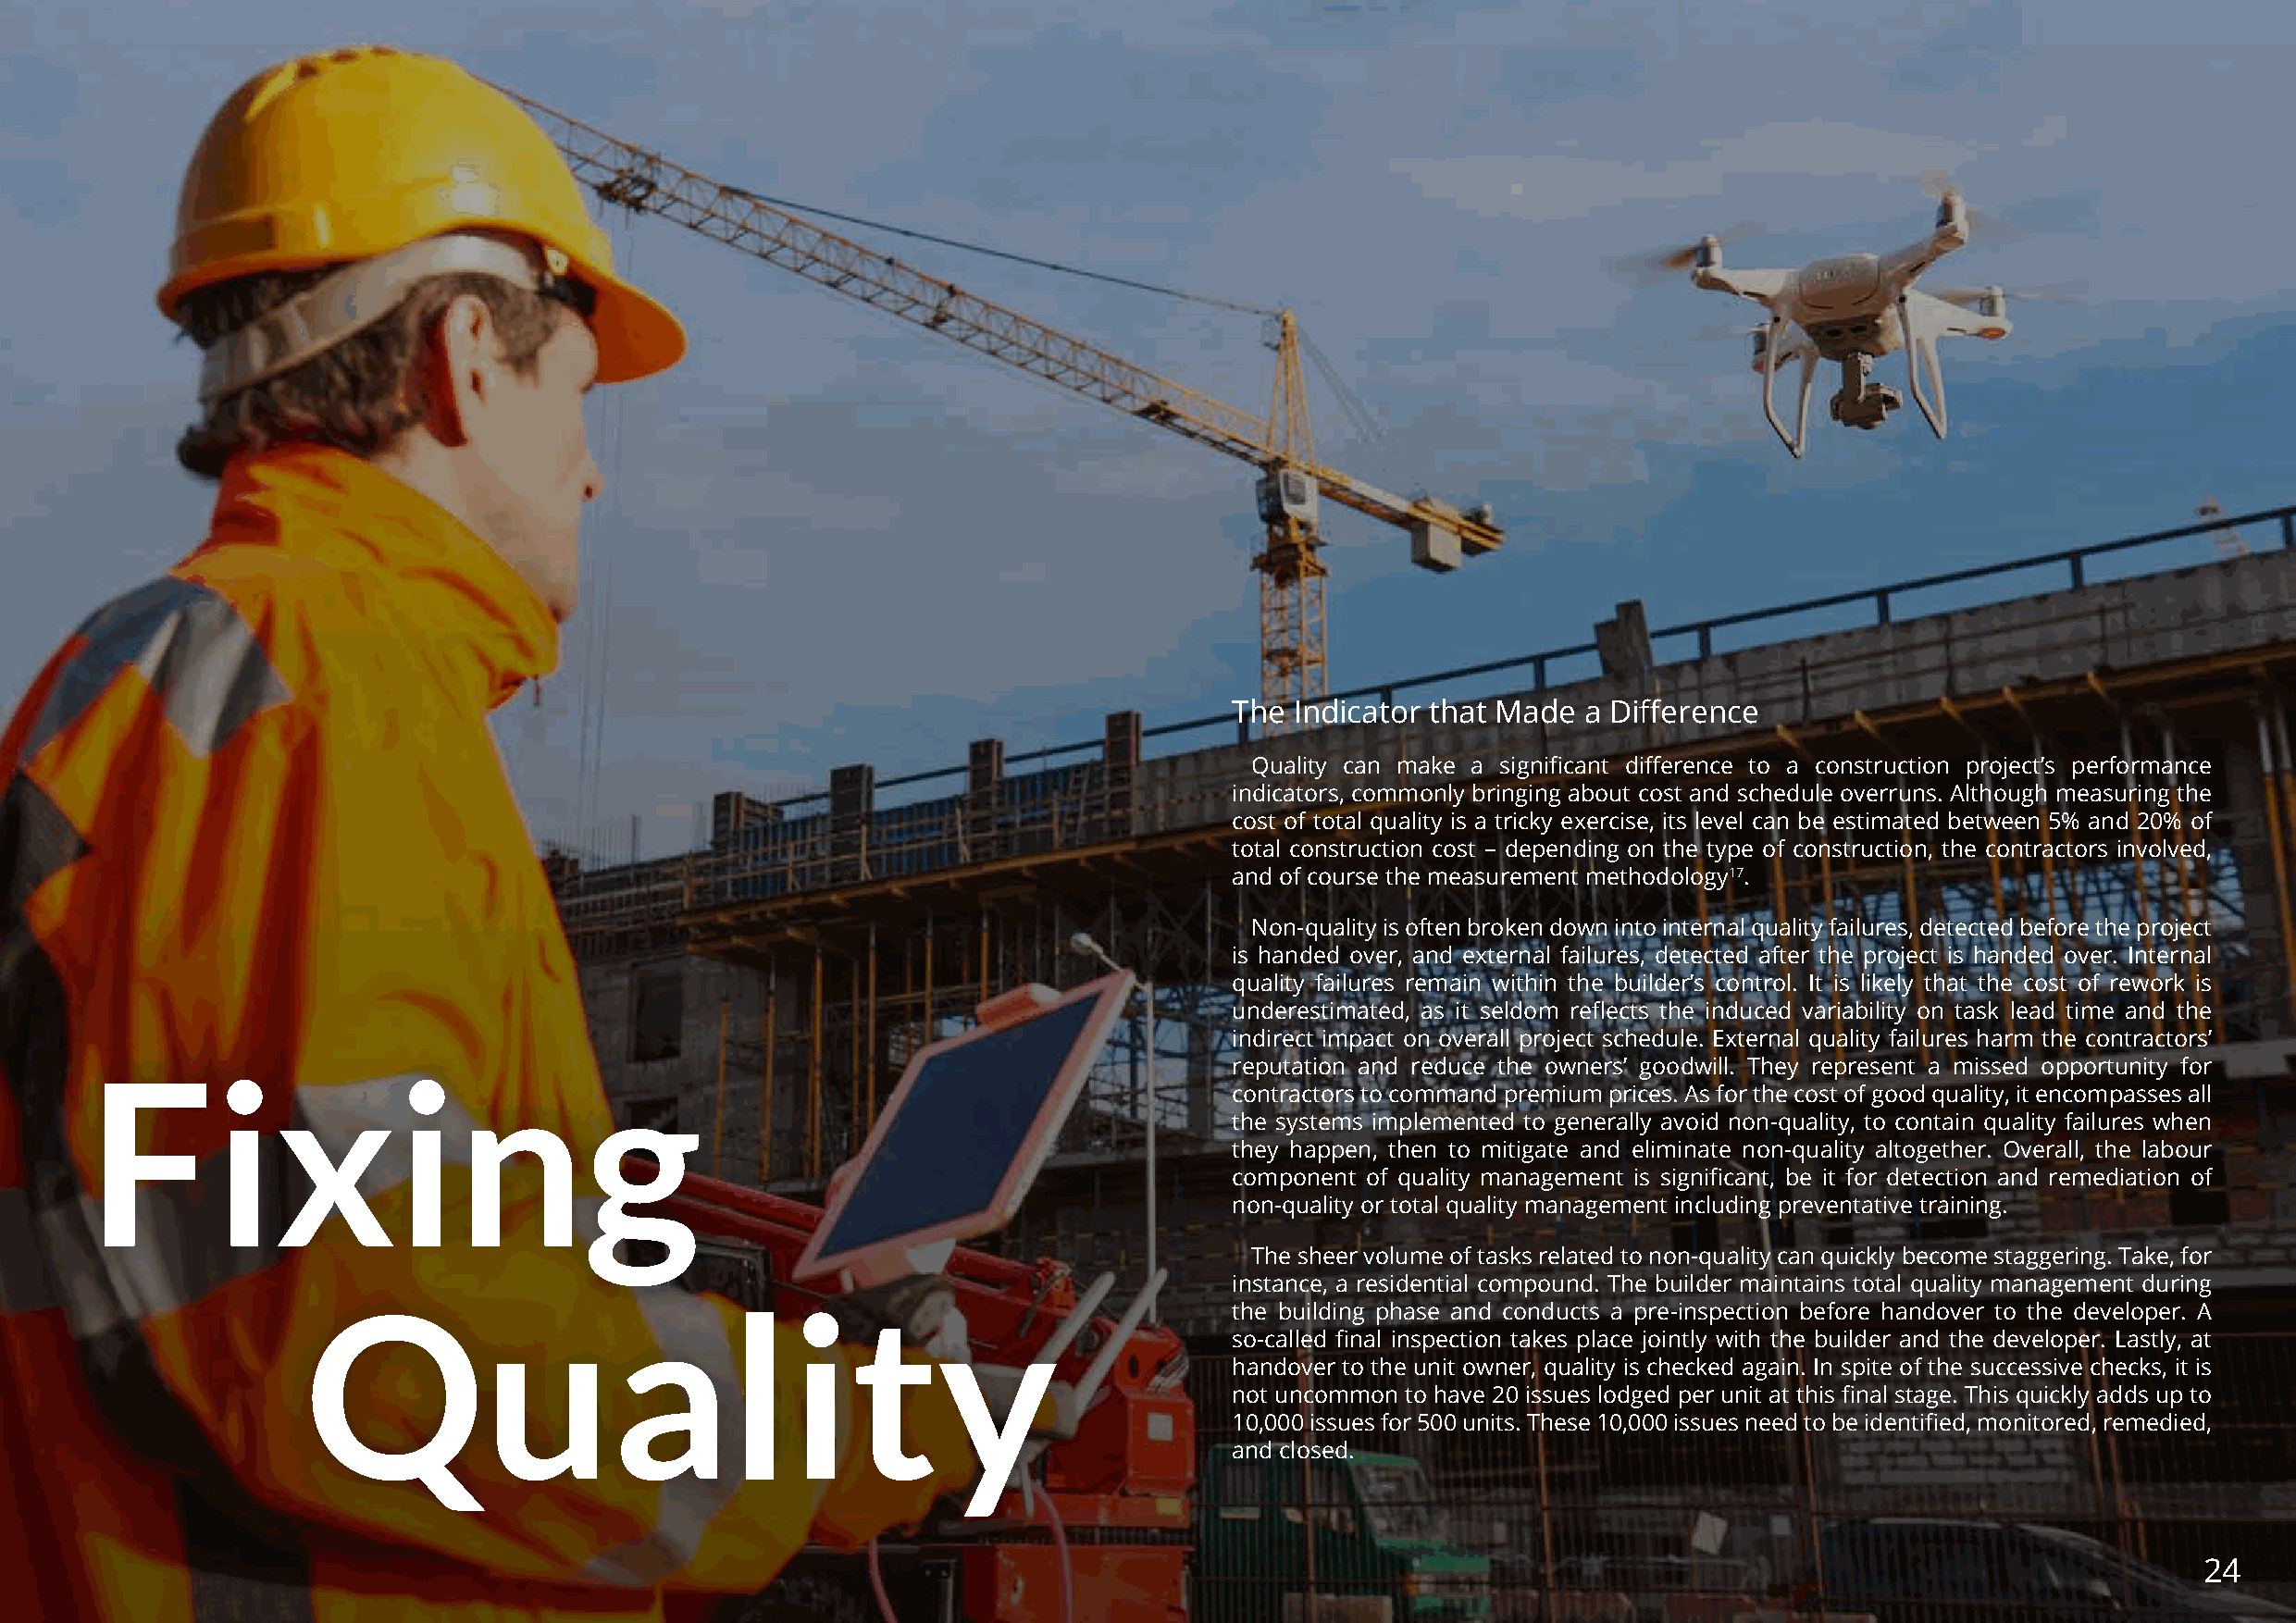
The  Indicator that Made a Difference
 Quality can make a significant difference to a construction project’s performance
 indicators, commonly bringing about cost and schedule overruns. Although measuring the
 cost of total quality is a tricky exercise, its level can be estimated between 5% and 20% of
 total construction cost – depending on the type of construction, the contractors involved,
 and of course the measurement methodology17.
 Non-quality is often broken down into internal quality failures, detected before the project
 is handed over, and external failures, detected after the project is handed over. Internal
 quality failures remain within the builder’s control. It is likely that the cost of rework is
 underestimated, as it seldom reflects the induced variability on task lead time and the
 indirect impact on overall project schedule. External quality failures harm the contractors’
 Fixing                                                                            reputation and reduce the owners’ goodwill. They represent a missed opportunity for
 contractors to command premium prices. As for the cost of good quality, it encompasses all
 the systems implemented to generally avoid non-quality, to contain quality failures when
 they happen, then to mitigate and eliminate non-quality altogether. Overall, the labour
 component of quality management is significant, be it for detection and remediation of
 non-quality or total quality management including preventative training.
 The sheer volume of tasks related to non-quality can quickly become staggering. Take, for
 instance, a residential compound. The builder maintains total quality management during
 Quality
 the building phase and conducts a pre-inspection before handover to the developer. A
 so-called final inspection takes place jointly with the builder and the developer. Lastly, at
 handover to the unit owner, quality is checked again. In spite of the successive checks, it is
 not uncommon to have 20 issues lodged per unit at this final stage. This quickly adds up to
 10,000 issues for 500 units. These 10,000 issues need to be identified, monitored, remedied,
 and closed.
 24